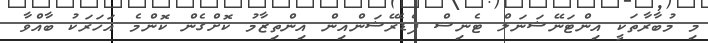
މި މުބާރާތަކީ އިންޓަނޭޝަނަލް ޓެނިސް ފެޑެރޭޝަންއިން އިންތިޒާމު ކޮށްގެން ކޮންމެ އަހަރަކު ބާއްވާ